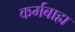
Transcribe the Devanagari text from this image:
कर्मबाह्य